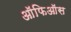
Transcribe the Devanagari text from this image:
ऑफिऑस